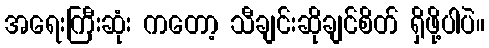
အရေးကြီးဆုံး ကတော့ သီချင်းဆိုချင်စိတ် ရှိဖို့ပါပဲ။